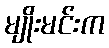
မျိုးမင်းက